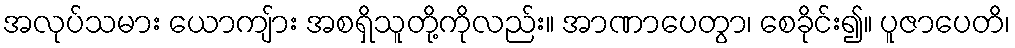
အလုပ်သမား ယောကျ်ား အစရှိသူတို့ကိုလည်း။ အာဏာပေတွာ၊ စေခိုင်း၍။ ပူဇာပေတိ၊